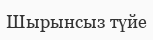
Шырынсыз түйе